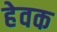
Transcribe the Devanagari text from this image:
हेवक